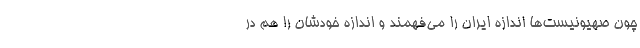
چون صهیونیست‌ها اندازه ایران را می‌فهمند و اندازه خودشان را هم در